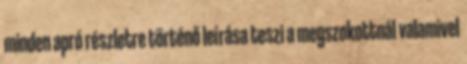
minden apró részletre történő leírása teszi a megszokottnál valamivel